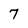
Character: 7